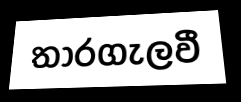
තාරගැලවී